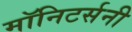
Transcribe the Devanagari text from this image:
मॉनिटर्सनी